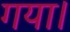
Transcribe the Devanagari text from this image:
गया।